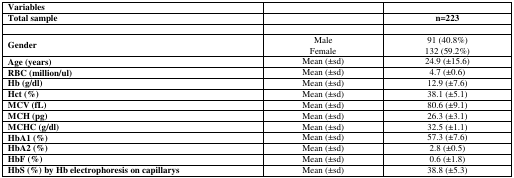
<table><thead><tr><td><b>Variables</b></td><td></td><td></td></tr><tr><td><b>Total sample</b></td><td></td><td><b>n=223</b></td></tr></thead><tbody><tr><td rowspan="2"><b>Gender</b></td><td>Male</td><td>91 (40.8%)</td></tr><tr><td>Female</td><td>132 (59.2%)</td></tr><tr><td><b>Age (years)</b></td><td>Mean (±sd)</td><td>24.9 (±15.6)</td></tr><tr><td><b>RBC (million/ul)</b></td><td>Mean (±sd)</td><td>4.7 (±0.6)</td></tr><tr><td><b>Hb (g/dl)</b></td><td>Mean (±sd)</td><td>12.9 (±7.6)</td></tr><tr><td><b>Hct (%)</b></td><td>Mean (±sd)</td><td>38.1 (±5.1)</td></tr><tr><td><b>MCV (fL)</b></td><td>Mean (±sd)</td><td>80.6 (±9.1)</td></tr><tr><td><b>MCH (pg)</b></td><td>Mean (±sd)</td><td>26.3 (±3.1)</td></tr><tr><td><b>MCHC (g/dl)</b></td><td>Mean (±sd)</td><td>32.5 (±1.1)</td></tr><tr><td><b>HbA1 (%)</b></td><td>Mean (±sd)</td><td>57.3 (±7.6)</td></tr><tr><td><b>HbA2 (%)</b></td><td>Mean (±sd)</td><td>2.8 (±0.5)</td></tr><tr><td><b>HbF (%)</b></td><td>Mean (±sd)</td><td>0.6 (±1.8)</td></tr><tr><td><b>HbS (%) by Hb electrophoresis on capillarys</b></td><td>Mean (±sd)</td><td>38.8 (±5.3)</td></tr></tbody></table>